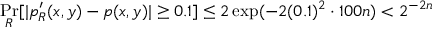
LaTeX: \operatorname* { P r } _ { R } [ | p _ { R } ^ { \prime } ( x , y ) - p ( x , y ) | \geq 0 . 1 ] \leq 2 \exp ( - 2 ( 0 . 1 ) ^ { 2 } \cdot 1 0 0 n ) < 2 ^ { - 2 n }